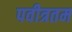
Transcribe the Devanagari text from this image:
पवीत्रतम